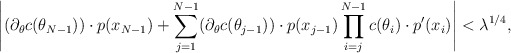
\begin{align*}\left|(\partial_\theta c(\theta_{N-1})) \cdot p(x_{N-1}) + \sum \limits_{j = 1}^{N-1} (\partial_\theta c(\theta_{j-1})) \cdot p(x_{j-1}) \prod \limits_{i=j}^{N-1} c(\theta_i) \cdot p'(x_i)\right| < \lambda^{1/4},\end{align*}